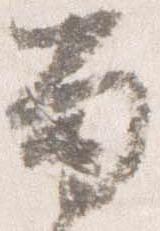
留